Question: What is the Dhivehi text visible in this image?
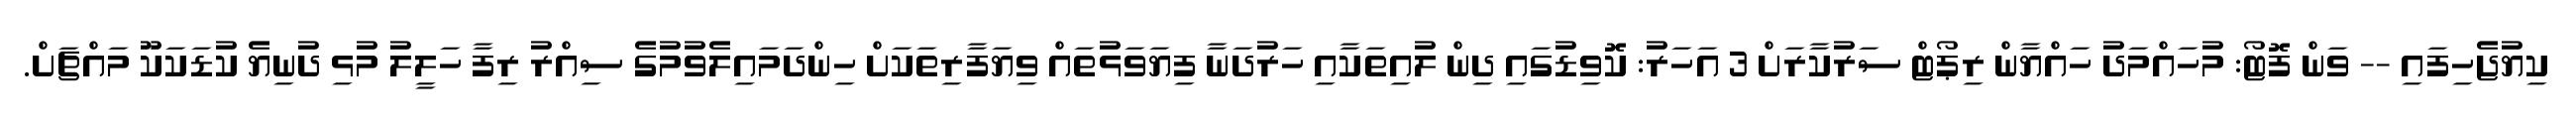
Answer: ކިޔުޖެހިފައި -- ވަން ފޮޓޯ: މުހައްމަދު ހައްޔާން ރިޕޯޓް ސަރުކާރަށް 3 އަހަރު: ކޮވިޑުގައި ދިން ލުއިތަކާއި ހަރުދަނާ ފިޔަވަޅުތައް ވިޔަފާރިތަކަށް ހިންދަމައިލެވުމުގެ ސިއްރު ރިފާ ހަލީލު މުޅި ދުނިޔެ ކުޑަކަކޫ މައްޗަށް.